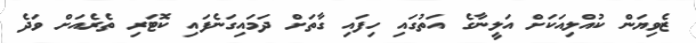
ޒެވިޔަން ކުއްލިއަކަށް އަލީނާގެ އަތުގައި ހިފައި ގާތަށް ދަމައިގަނެފައި ކޮޓަރި ތެރެއަށް ވަދެ